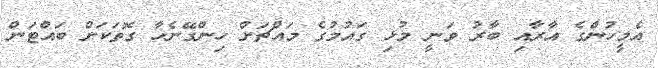
އެމީހުންގެ އާރާއި ބާރު ވަނީ މުޅި ގައުމުގެ މައްޗަށް ހިންގޭނެހާ ގޮތަކަށް ބައްޓަން